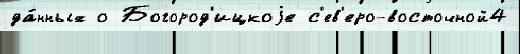
да́нных о Богород'ицкоjе с'ев'еро-восточной4